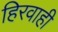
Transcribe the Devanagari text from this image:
हिरवाही